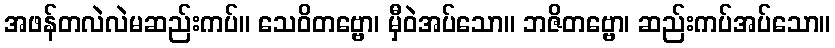
အဖန်တလဲလဲမဆည်းကပ်။ သေဝိတဗ္ဗော၊ မှီဝဲအပ်သော။ ဘဇိတဗ္ဗော၊ ဆည်းကပ်အပ်သော။